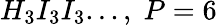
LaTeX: H_{3}I_{3}I_{3}...,\; P=6